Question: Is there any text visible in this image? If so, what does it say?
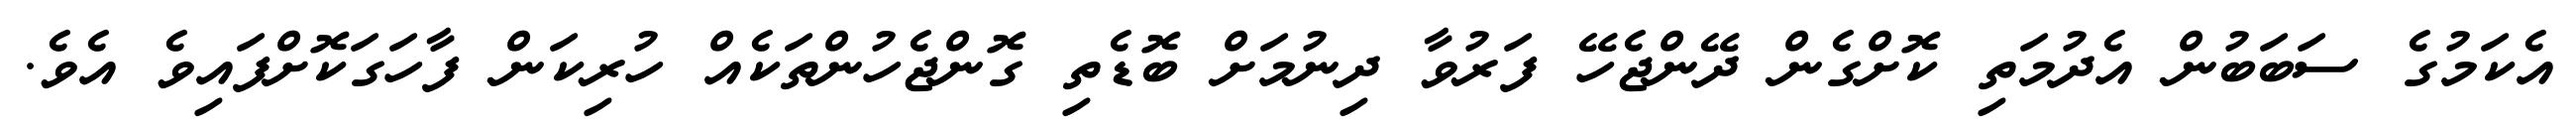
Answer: އެކަމުގެ ސަބަބުން އެދުމަތި ކޮށްގެން ދޭންޖެހޭ ފަރުވާ ދިނުމަށް ބޮޑެތި ގޮންޖެހުންތަކެއް ހުރިކަން ފާހަގަކޮށްފައިވެ އެވެ.